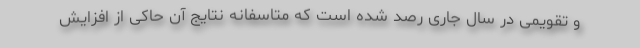
و تقویمی در سال جاری رصد شده است که متاسفانه نتایج آن حاکی از افزایش